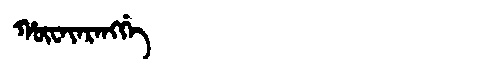
Manchu: ᡥᡡᠸᠠᠶᠠᡵᠠᠩᡤᡝ
Romanization: HŪWAYARANGGE